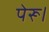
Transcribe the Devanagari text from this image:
पेरू।